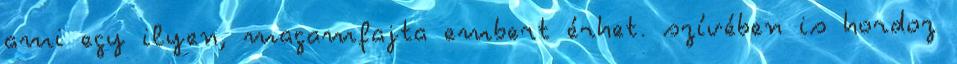
ami egy ilyen, magamfajta embert érhet. szívében is hordoz